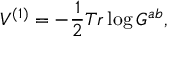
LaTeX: V ^ { ( 1 ) } = - \frac { 1 } { 2 } T r \log G ^ { a b } ,